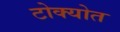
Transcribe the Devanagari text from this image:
टोक्योत